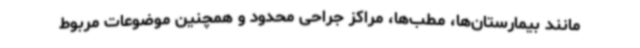
مانند بیمارستان‌ها، مطب‌ها، مراکز جراحی محدود و همچنین موضوعات مربوط